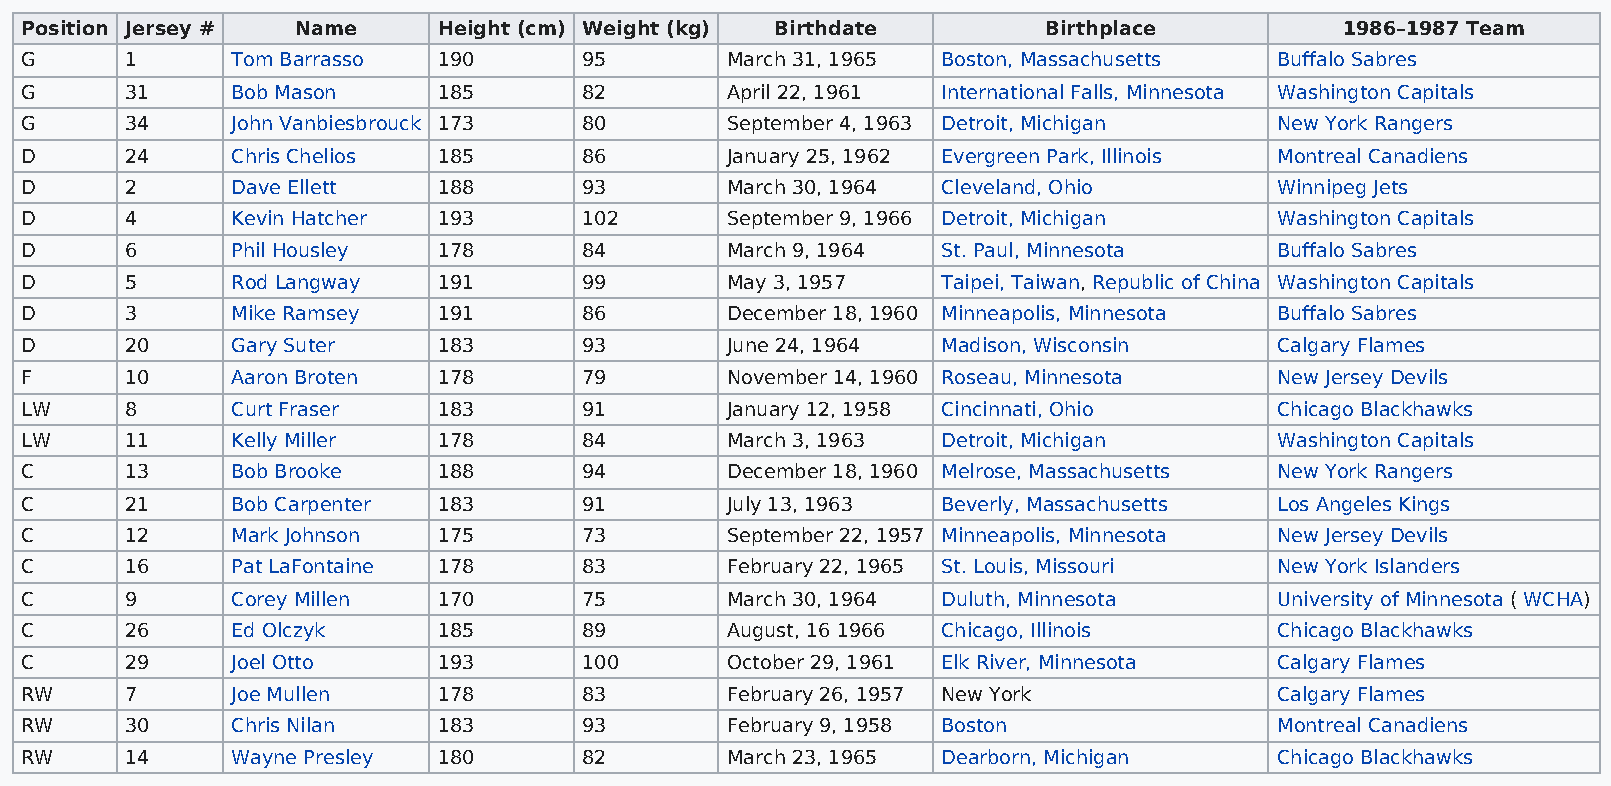
Position Jersey #  Name     Height (cm) Weight (kg) Birthdate       Birthplace          1986–1987 Team
 G      1      Tom Barrasso  190       95       March 31, 1965 Boston, Massachusetts Buffalo Sabres
 G      31     Bob Mason     185       82       April 22, 1961 International Falls, Minnesota Washington Capitals
 G      34     John Vanbiesbrouck 173  80       September 4, 1963 Detroit, Michigan  New York Rangers
 D      24     Chris Chelios 185       86       January 25, 1962 Evergreen Park, Illinois Montreal Canadiens
 D      2      Dave Ellett   188       93       March 30, 1964 Cleveland, Ohio       Winnipeg Jets
 D      4      Kevin Hatcher 193       102      September 9, 1966 Detroit, Michigan  Washington Capitals
 D      6      Phil Housley  178       84       March 9, 1964 St. Paul, Minnesota    Buffalo Sabres
 D      5      Rod Langway   191       99       May 3, 1957   Taipei, Taiwan, Republic of China Washington Capitals
 D      3      Mike Ramsey   191       86       December 18, 1960 Minneapolis, Minnesota Buffalo Sabres
 D      20     Gary Suter    183       93       June 24, 1964 Madison, Wisconsin     Calgary Flames
 F      10     Aaron Broten  178       79       November 14, 1960 Roseau, Minnesota  New Jersey Devils
 LW     8      Curt Fraser   183       91       January 12, 1958 Cincinnati, Ohio    Chicago Blackhawks
 LW     11     Kelly Miller  178       84       March 3, 1963 Detroit, Michigan      Washington Capitals
 C      13     Bob Brooke    188       94       December 18, 1960 Melrose, Massachusetts New York Rangers
 C      21     Bob Carpenter 183       91       July 13, 1963 Beverly, Massachusetts Los Angeles Kings
 C      12     Mark Johnson  175       73       September 22, 1957 Minneapolis, Minnesota New Jersey Devils
 C      16     Pat LaFontaine 178      83       February 22, 1965 St. Louis, Missouri New York Islanders
 C      9      Corey Millen  170       75       March 30, 1964 Duluth, Minnesota     University of Minnesota ( WCHA)
 C      26     Ed Olczyk     185       89       August, 16 1966 Chicago, Illinois    Chicago Blackhawks
 C      29     Joel Otto     193       100      October 29, 1961 Elk River, Minnesota Calgary Flames
 RW     7      Joe Mullen    178       83       February 26, 1957 New York           Calgary Flames
 RW     30     Chris Nilan   183       93       February 9, 1958 Boston              Montreal Canadiens
 RW     14     Wayne Presley 180       82       March 23, 1965 Dearborn, Michigan    Chicago Blackhawks